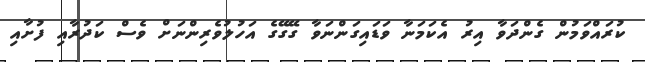
ކުރައްވަމުން ގެންދަވާ އިރު އެކަމަނާ ވަޑައިގަންނަވާ ގޭގޭގެ އަހުލުވެރިންނަށް ވެސް ކަދުރާއި ފުށާއި